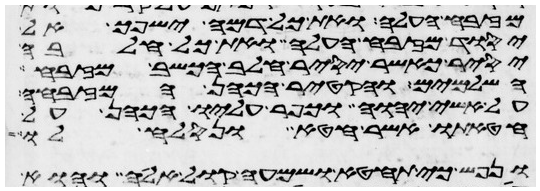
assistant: מזבח העלה ואת כל דמה ישפך אל
יסוד מזבח העלה ואת כל חלבה
יסיר כאשר יסיר חלב הכשב מזבח
השלמים והקטיר הכהן המזבחה
על אשי יהוה וכפר עליו הכהן על
חטאתו אשר חטא ונסלח לו
ונפש כי תחטא ושמעה קול אלה והוא